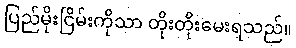
ပြည်မိုးငြိမ်းကိုသာ တိုးတိုးမေးရသည်။